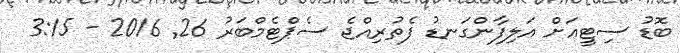
ބޮޑު ސިޓީއަށް އަލިފާންގަނޑު ފެތުރިއްޖެ ސެޕްޓެމްބަރު 26